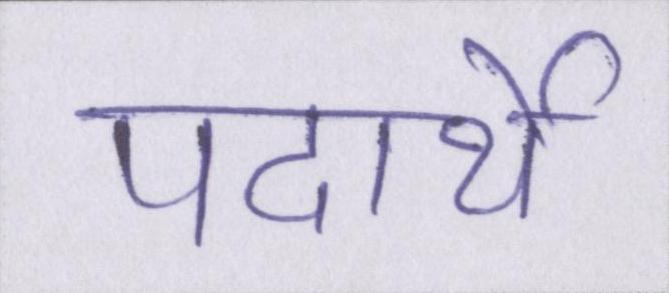
पदार्थे